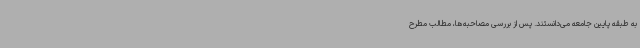
به طبقه پایین جامعه می‌دانستند. پس از بررسی مصاحبه‌ها، مطالب مطرح